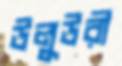
উলুউরী